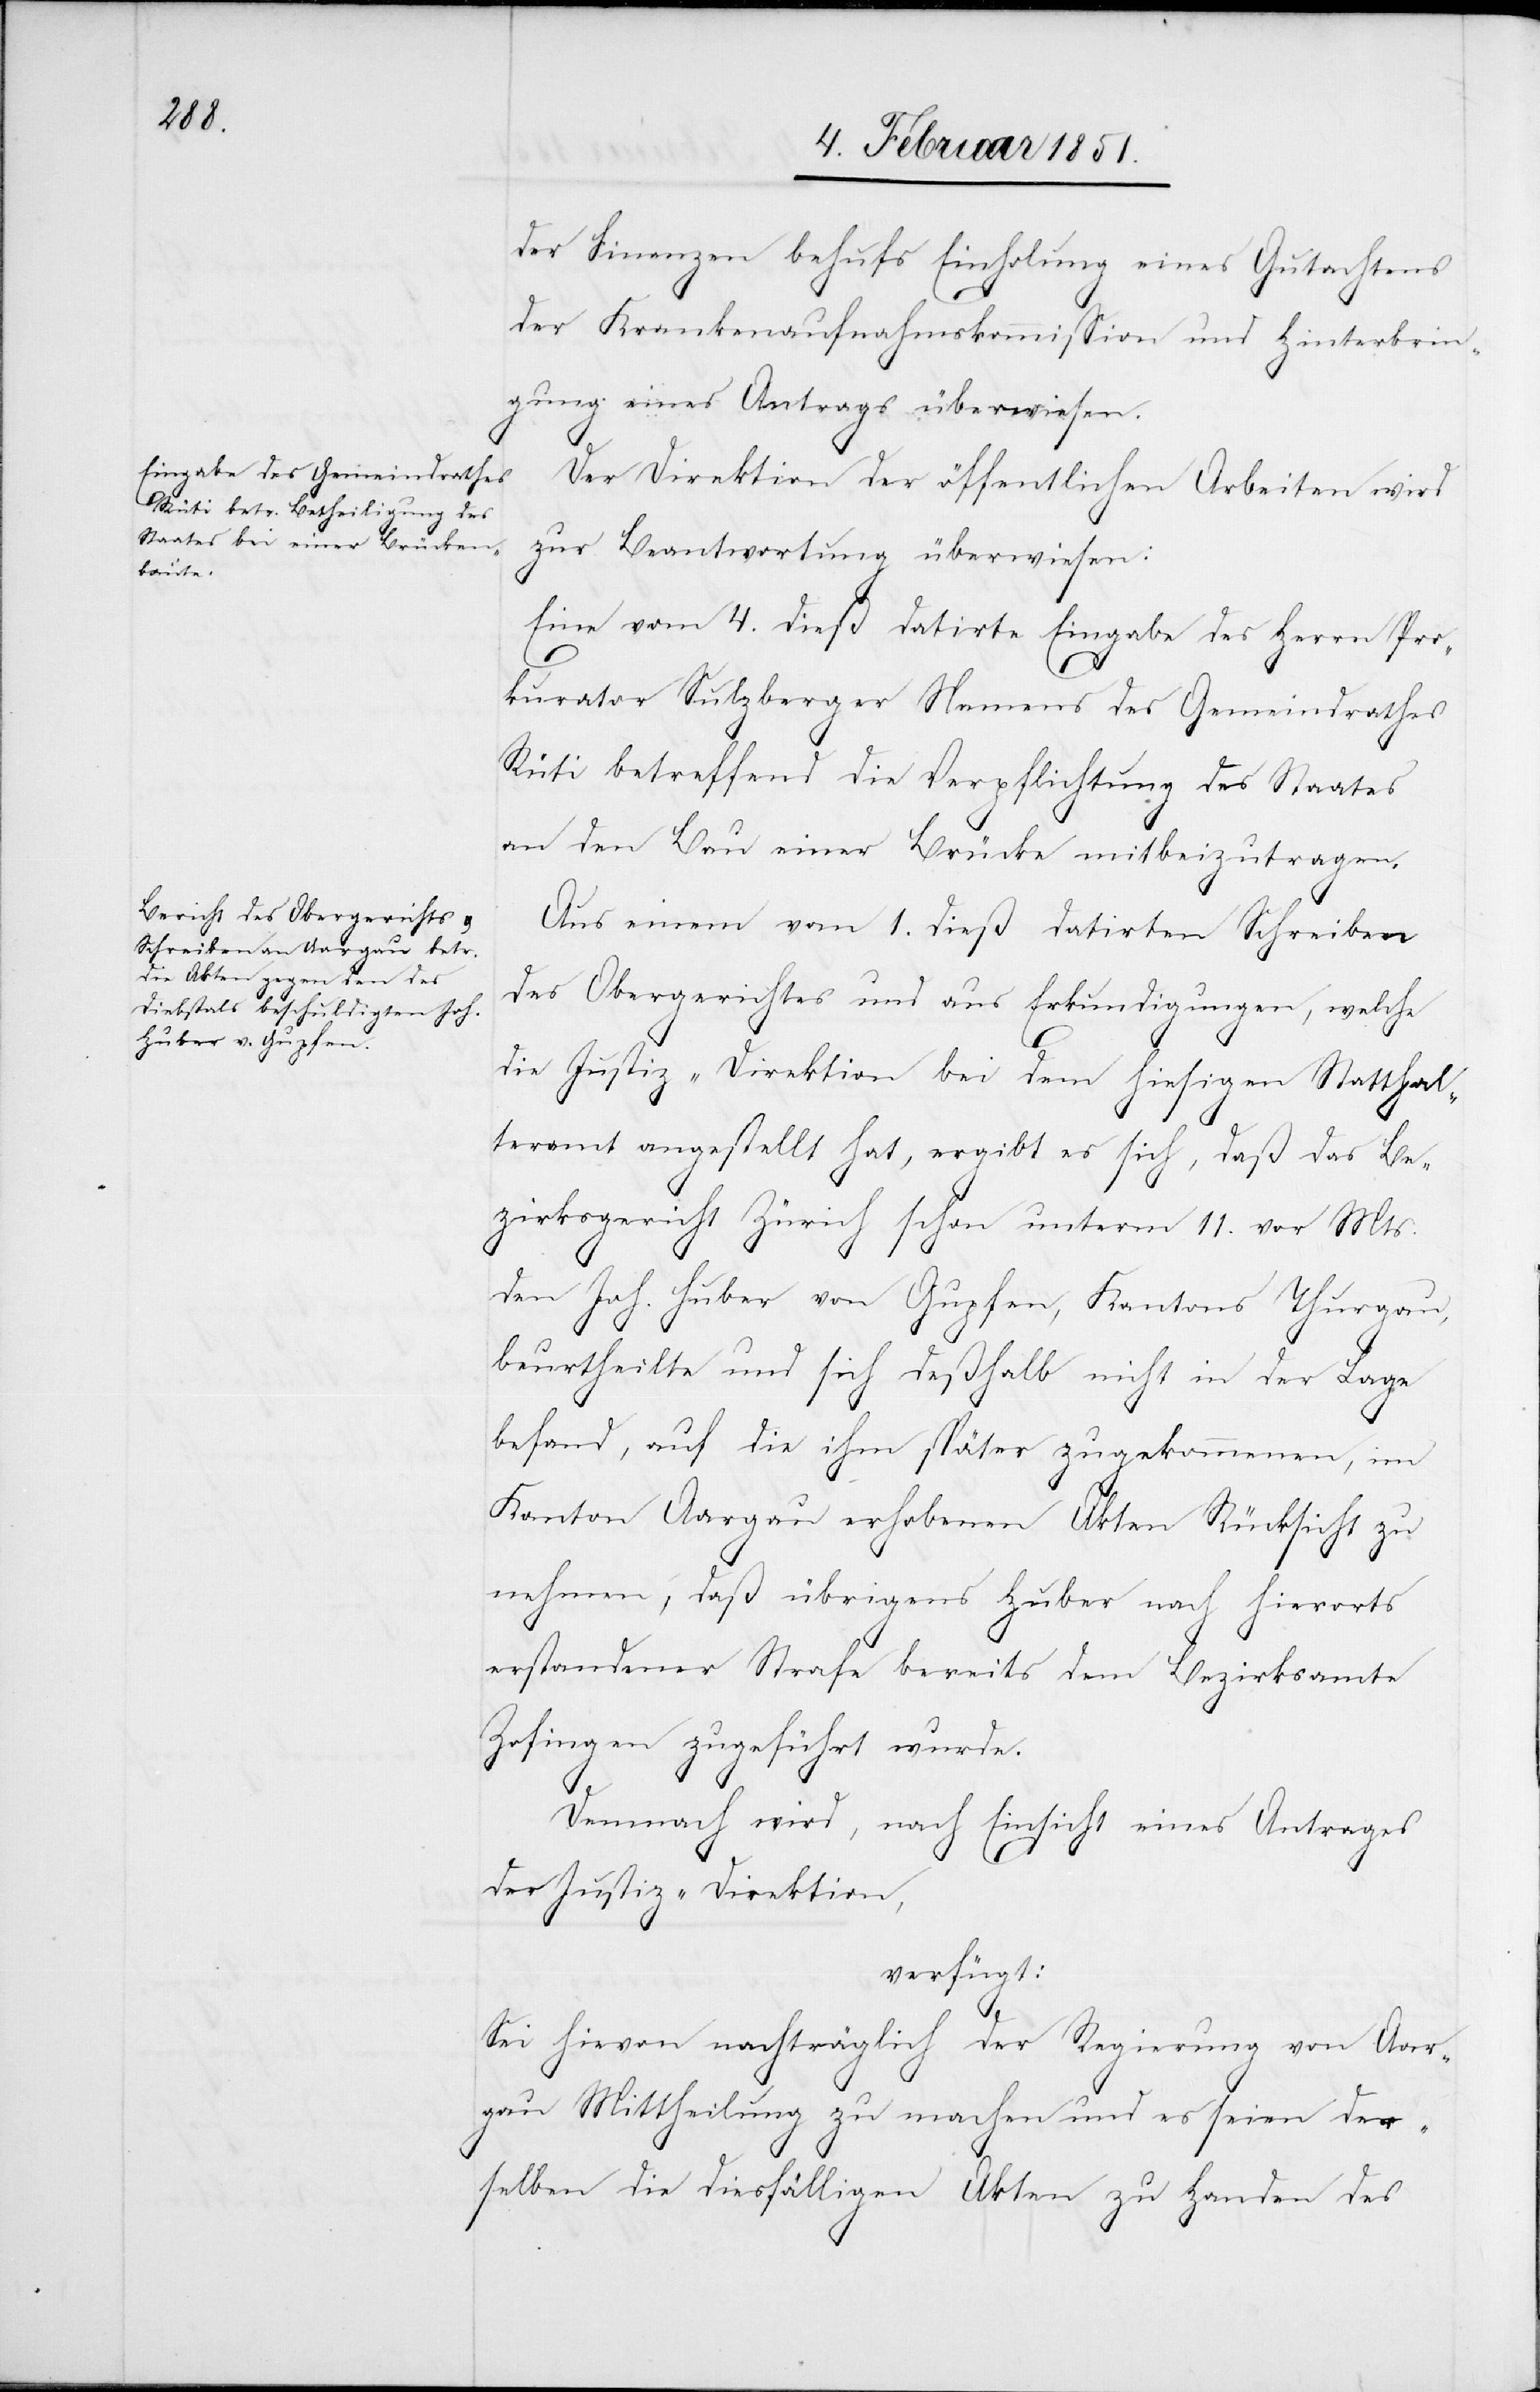
der Finanzen behufs Einholung eines Gutachtens
der Krankenaufnahmskommission und Hinterbrin¬
gung eines Antrags überwiesen.
Der Direktion der öffentlichen Arbeiten wird
zur Beantwortung überwiesen:
Eine vom 4. dieß datirte Eingabe des Herrn Pro¬
kurator Sulzberger Namens des Gemeindrathes
Rüti betreffend die Verpflichtung des Staates
an den Bau einer Brücke mitbeizutragen.
Aus einem vom 1. dieß datirten Schreiben
des Obergerichtes und aus Erkundigungen, welche
6.
die Justiz-Direktion bei dem hiesigen Statthal¬
teramt angestellt hat, ergibt es sich, daß das Be¬
zirksgericht Zürich schon unterm 11. vor Mts.
den Joh. Huber von Gupfen, Kantons Thurgau,
beurtheilte und sich deßhalb nicht in der Lage
befand, auf die ihm später zugekommenen, im
Kanton Aargau erhobenen Akten Rücksicht zu
nehmen, daß übrigens Huber nach hierorts
erstandener Strafe bereits dem Bezirksamte
Zofingen zugeführt wurde.
Demnach wird, nach Einsicht eines Antrages
der Justiz-Direktion,
verfügt:
Sei hievon nachträglich der Regierung von Aar¬
gau Mittheilung zu machen und es seien der¬
selben die diesfälligen Akten zu Handen des